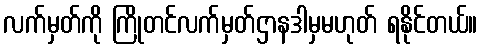
လက်မှတ်ကို ကြိုတင်လက်မှတ်ဌာနဒါမှမဟုတ် ရနိုင်တယ်။